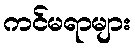
ကင်မရာများ